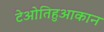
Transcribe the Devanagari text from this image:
टेओतिहुआकान